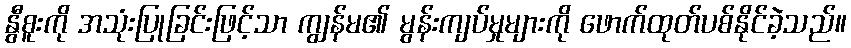
နွီစူးကို အသုံးပြုခြင်းဖြင့်သာ ကျွန်မ၏ မွန်းကျပ်မှုများကို ဖောက်ထုတ်ပစ်နိုင်ခဲ့သည်။